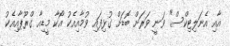
އާއި އެނަލިޓިކްސް" ވަނީ ވަރަށް ބޮޑަށް ގުޅިފައި ވުމާއިއެކު އޯކާ މީޑިއާ ގްރޫޕާއިއެކު